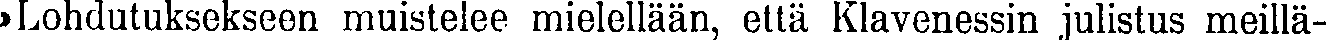
»Lohdutuksekseen muistelee mielellään, että Klavenessin julistus meillä-